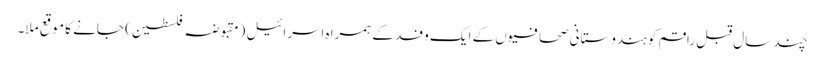
چند سال قبل راقم کو ہندوستانی صحافیوں کے ایک وفد کے ہمراہ اسرائیل (مقبوضہ فلسطین) جانے کا موقع ملا۔